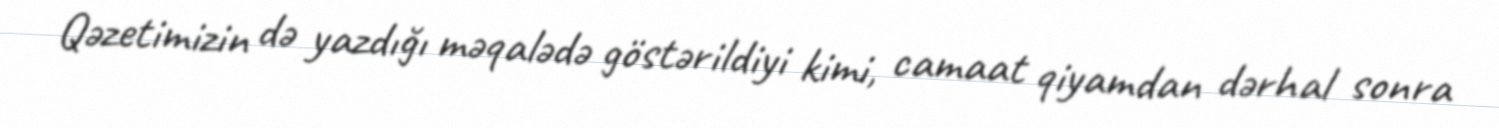
Qəzetimizin də yazdığı məqalədə göstərildiyi kimi, camaat qiyamdan dərhal sonra